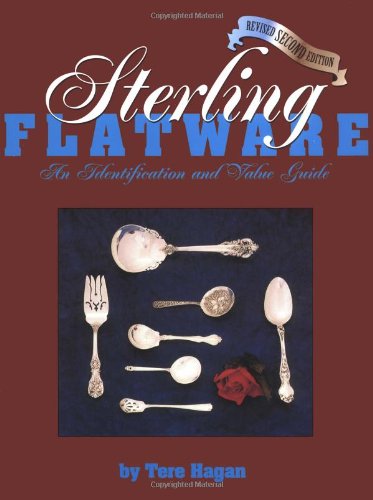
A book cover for Sterling Flatware Identification & Value Guide, 2nd Revised Edition; Tere Hagan; Crafts, Hobbies & Home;